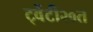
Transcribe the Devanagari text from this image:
ट्वेंटी२०त